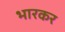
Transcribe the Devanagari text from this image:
भारकर